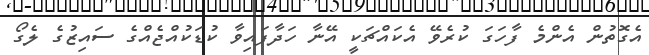
އެގޮތުން އެންމެ ފާހަގަ ކުރެވޭ އެކައްޗަކީ އޭނާ ހަދާފައިވާ ކުޑަކުއްޖެއްގެ ސައިޒުގެ ލެގޯ